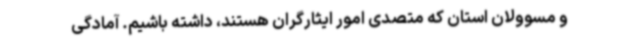
و مسوولان استان که متصدی امور ایثارگران هستند، داشته باشیم. آمادگی